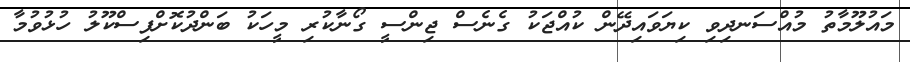
މައުލޫމާތު މުއްސަނދިވި ކިޔަވައިދޭން ކުއްޖަކު ގެނެސް ޖިންސީ ގޯނާކުރި މީހަކު ބަންދުކޮށްފިސްކޫލު ހުޅުވުމާ